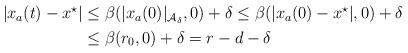
LaTeX: \begin{align*}\begin{aligned}|x_a(t)-x^\star| & \leq \beta(|x_a(0)|_{{\cal A}_\delta},0) + \delta \leq \beta(|x_a(0) - x^\star|,0) +\delta\\& \leq\beta(r_0,0) + \delta = r-d-\delta \end{aligned}\end{align*}